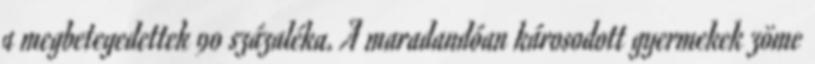
a megbetegedettek 90 százaléka. A maradandóan károsodott gyermekek zöme